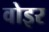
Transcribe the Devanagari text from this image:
वोइर